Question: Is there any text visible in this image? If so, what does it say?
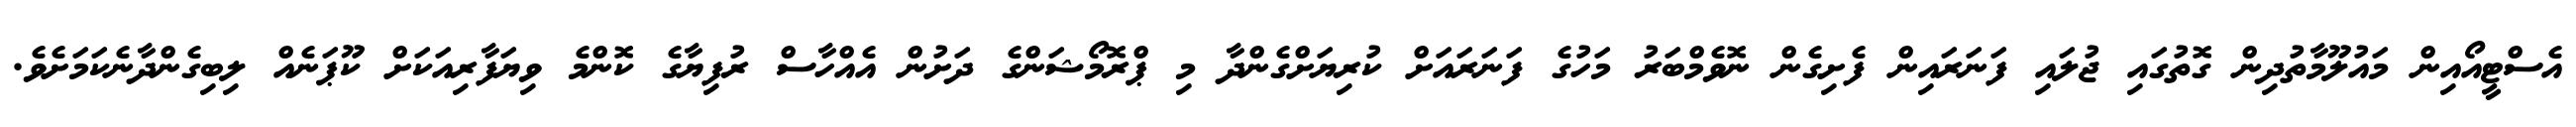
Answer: އެސްޓީއޯއިން މައުލޫމާތުދިން ގޮތުގައި ޖުލައި ފަނަރައިން ފެށިގެން ނޮވެމްބަރު މަހުގެ ފަނަރައަށް ކުރިޔަށްގެންދާ މި ޕްރޮމޯޝަންގެ ދަށުން އެއްހާސް ރުފިޔާގެ ކޮންމެ ވިޔަފާރިއަކަށް ކޫޕަނެއް ލިބިގެންދާނެކަމަށެވެ.